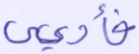
فأوعى